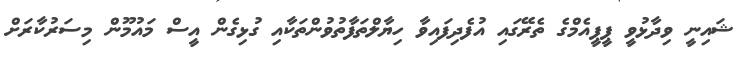
ޝައިނީ ވިދާޅުވީ ޕީޕީއެމްގެ ތެރޭގައި އުފެދިފައިވާ ހިޔާލްތަފާތުވުންތަކާއި ގުޅިގެން އީސް މަައުމޫން މިސަރުކާރަށް